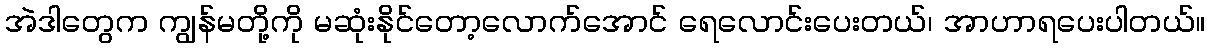
အဲဒါတွေက ကျွန်မတို့ကို မဆုံးနိုင်တော့လောက်အောင် ရေလောင်းပေးတယ်၊ အာဟာရပေးပါတယ်။